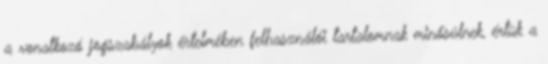
a vonatkozó jogszabályok értelmében felhasználói tartalomnak minősülnek, értük a